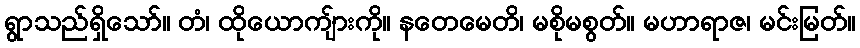
ရွာသည်ရှိသော်။ တံ၊ ထိုယောကျ်ားကို။ နတေမေတိ၊ မစိုမစွတ်။ မဟာရာဇ၊ မင်းမြတ်။